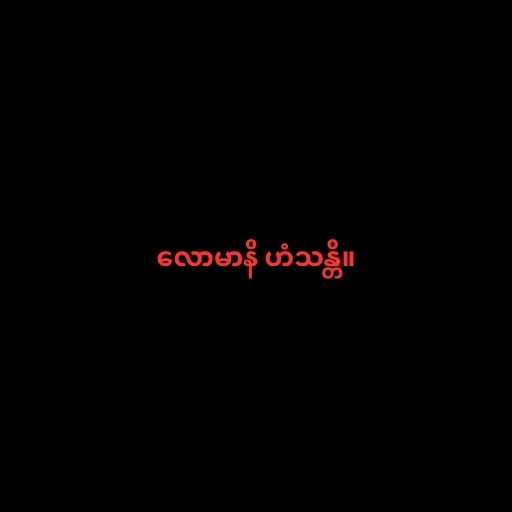
လောမာနိ ဟံသန္တိ။